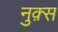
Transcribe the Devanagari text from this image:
नुक़्स